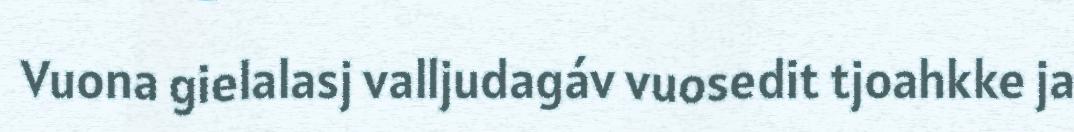
Vuona gielalasj valljudagáv vuosedit tjoahkke ja